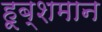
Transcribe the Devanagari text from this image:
हूब्शमान